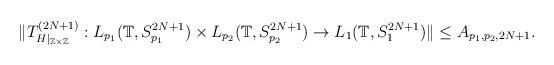
LaTeX: \begin{align*}\Vert T_{H\vert_{\mathbb{Z} \times \mathbb{Z}}}^{(2N+1)}: L_{p_1}(\mathbb{T}, S_{p_1}^{2N+1} ) \times L_{p_2}(\mathbb{T}, S_{p_2}^{2N+1} ) \rightarrow L_{1}(\mathbb{T}, S_{1}^{2N+1} ) \Vert \leq A_{p_1, p_2,2N+1}.\end{align*}